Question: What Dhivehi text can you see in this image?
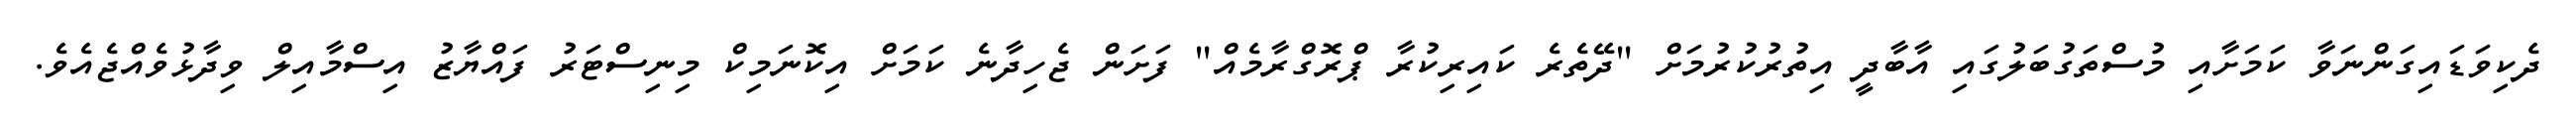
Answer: ދެކިވަޑައިގަންނަވާ ކަމަށާއި މުސްތަގުބަލުގައި އާބާދީ އިތުރުކުރުމަށް "ދޭތެރެ ކައިރިކުރާ ޕްރޮގްރާމެއް" ފަށަން ޖެހިދާނެ ކަމަށް އިކޮނަމިކް މިނިސްޓަރު ފައްޔާޒު އިސްމާއިލް ވިދާޅުވެއްޖެއެވެ.